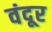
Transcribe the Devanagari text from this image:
वंदूर